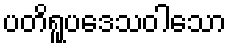
ပတိရူပဒေသဝါသော